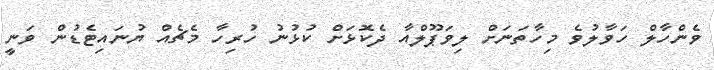
ވެންހާލް ހަވާލުވެ މިހާތަނަށް ލިވަޕޫލްއާ ދެކޮޅަށް ކުޅުނު ހުރިހާ މެޗެއް ޔުނައިޓެޑުން ވަނީ